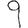
Digit: 9